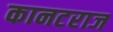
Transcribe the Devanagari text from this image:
कानटराज